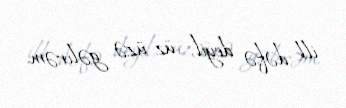
ilk dəfə deyil, üz-üzə gəlirəm.